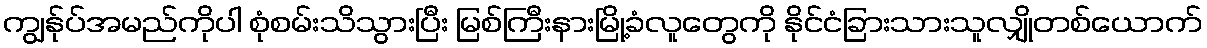
ကျွန်ုပ်အမည်ကိုပါ စုံစမ်းသိသွားပြီး မြစ်ကြီးနားမြို့ခံလူတွေကို နိုင်ငံခြားသားသူလျှိုတစ်ယောက်